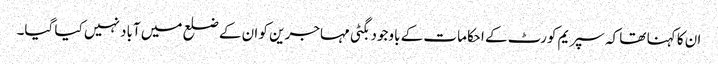
ان کا کہنا تھا کہ سپریم کورٹ کے احکامات کے باوجود بگٹی مہاجرین کو ان کے ضلع میں آباد نہیں کیا گیا۔